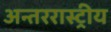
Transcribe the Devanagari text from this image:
अन्तररास्ट्रीय